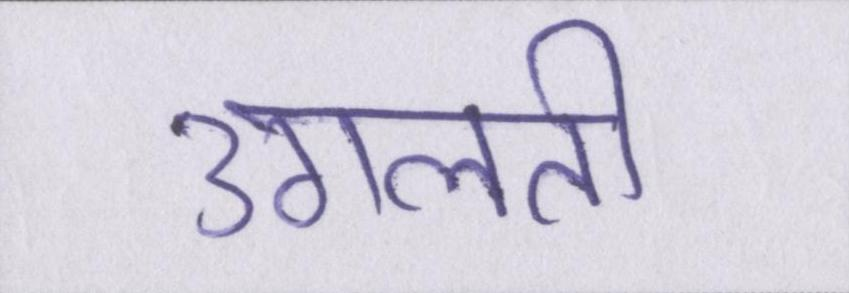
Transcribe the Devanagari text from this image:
उगलती